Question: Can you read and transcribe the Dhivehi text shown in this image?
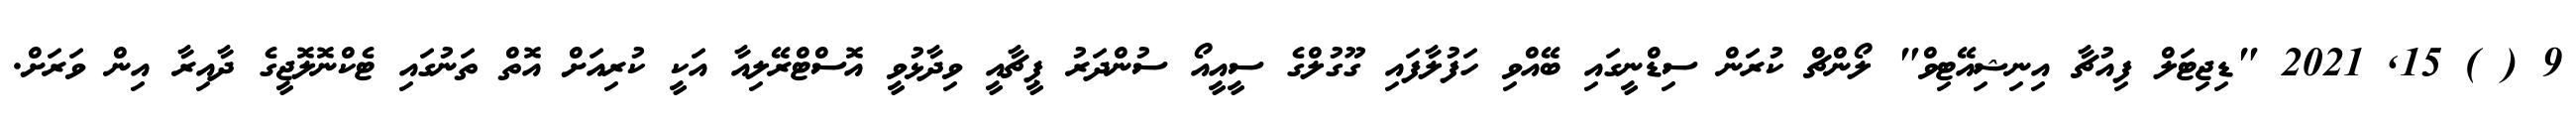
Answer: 9 ( ) 15, 2021 "ޑިޖިޓަލް ފިއުޗާ އިނިޝިއޭޓިވް" ލޯންޗް ކުރަން ސިޑްނީގައި ބޭއްވި ހަފުލާފައި ގޫގުލްގެ ސީއީއޯ ސުންދަރު ޕީޗާއީ ވިދާޅުވީ އޮސްޓްރޭލިއާ އަކީ ކުރިއަށް އޮތް ތަނުގައި ޓެކްނޮލޮޖީގެ ދާއިރާ އިން ވަރަށް.